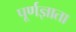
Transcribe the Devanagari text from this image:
पूर्णज्ञाता